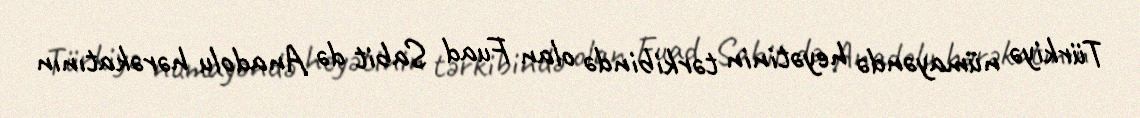
Türkiyə nümayəndə heyətinin tərkibində olan Fuad Sabit də Anadolu hərəkatının